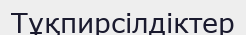
Тұқпирсілдіктер